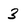
Character: 3